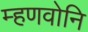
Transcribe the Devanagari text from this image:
म्हणवोनि